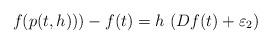
LaTeX: \begin{align*}f(p(t,h))) - f(t) = h\, \left (D f(t)+\varepsilon_2 \right)\end{align*}